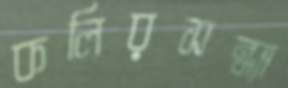
কলিরসন্ধ্যা